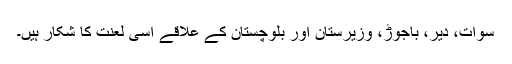
سوات، دیر، باجوڑ، وزیرستان اور بلوچستان کے علاقے اسی لعنت کا شکار ہیں۔